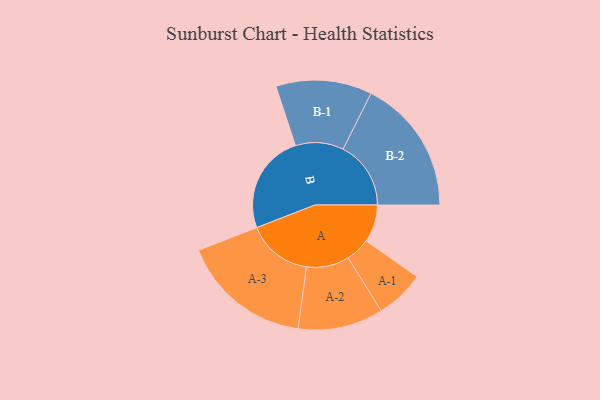
{"axis": {"x": "Segment", "y": "Value"}, "legend": ["", "A", "B"], "data": [{"x": "A", "y": 161, "type": ""}, {"x": "B", "y": 427, "type": ""}, {"x": "A-1", "y": 105, "type": "A"}, {"x": "A-2", "y": 183, "type": "A"}, {"x": "A-3", "y": 280, "type": "A"}, {"x": "B-1", "y": 206, "type": "B"}, {"x": "B-2", "y": 291, "type": "B"}]}